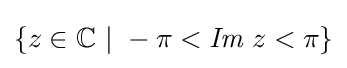
\{z\in \mathbb {C} \ \vert \ -\pi <{\textit {Im}}\ z<\pi \}